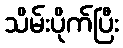
သိမ်းပိုက်ပြီး